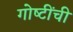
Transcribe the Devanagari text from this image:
गोष्‍टींची